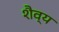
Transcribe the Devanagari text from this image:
शैव्य